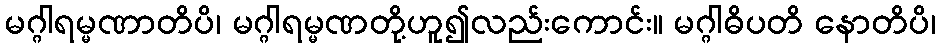
မဂ္ဂါရမ္မဏာတိပိ၊ မဂ္ဂါရမ္မဏတို့ဟူ၍လည်းကောင်း။ မဂ္ဂါဓိပတိ နောတိပိ၊